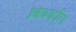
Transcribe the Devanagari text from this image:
बिबकॉल